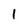
Character: 1